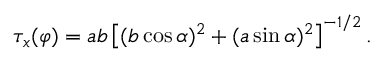
\tau _ { x } ( \varphi ) = { a b } \left[ ( b \cos \alpha ) ^ { 2 } + ( a \sin \alpha ) ^ { 2 } \right] ^ { - 1 / 2 } .